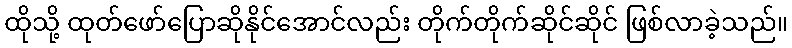
ထိုသို့ ထုတ်ဖော်ပြောဆိုနိုင်အောင်လည်း တိုက်တိုက်ဆိုင်ဆိုင် ဖြစ်လာခဲ့သည်။